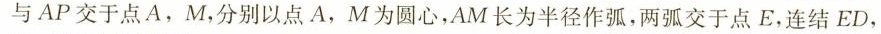
与AP交于点A，M，分别以点A，M为圆心，AM长为半径作弧，两弧交于点E，连结ED，